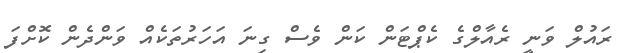
ރައުލް ވަނީ ރެއާލްގެ ކެޕްޓަން ކަން ވެސް ގިނަ އަހަރުތަކެއް ވަންދެން ކޮށްފަ